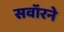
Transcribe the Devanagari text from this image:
सवॉरने